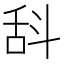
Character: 𣁳